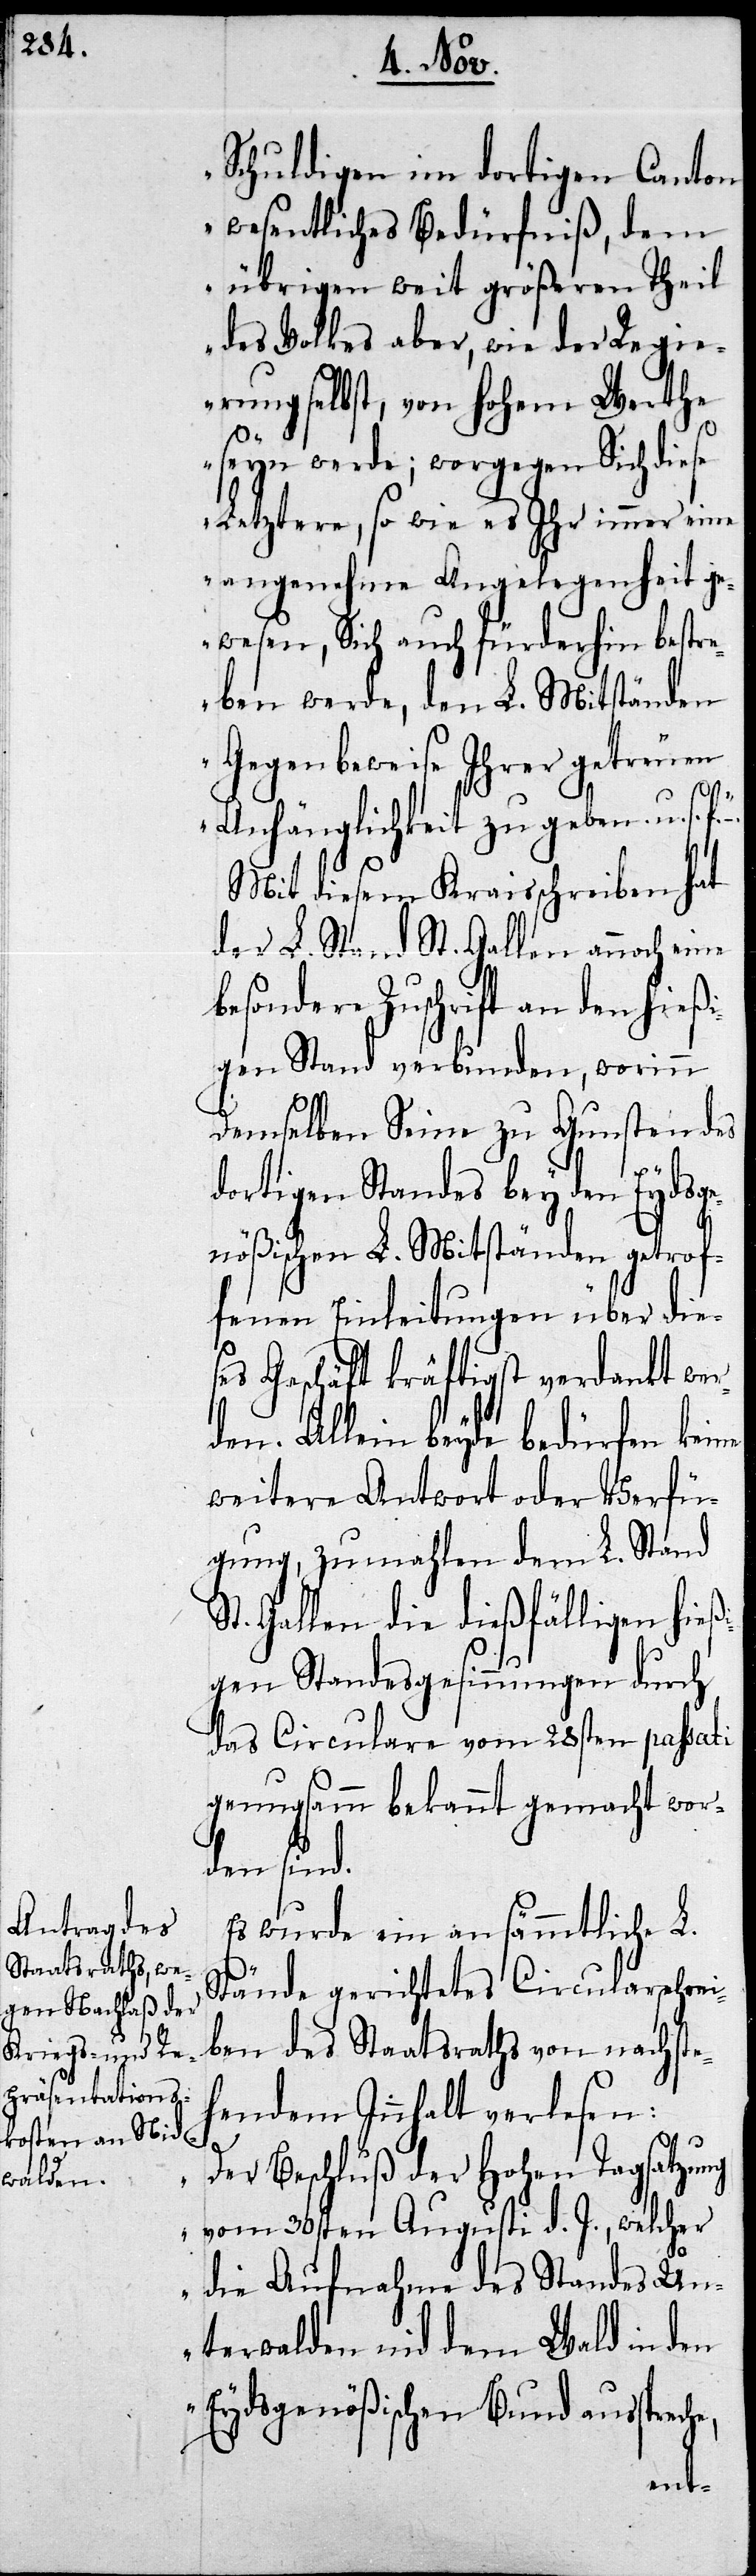
Schuldigen im dortigen Canton
wesentliches Bedürfniß, dem
übrigen weit größeren Theil
des Volkes aber, wie der Regie¬
rung selbst, von Hohem Werthe
seyn werde; worgegen Sich diese
Letztere, so wie es Ihr immer eine
angenehme Angelegenheit ge¬
wesen, Sich auch fürderhin bestr¬
eben werde, den L. Mitständen
Gegenbeweise Ihrer getreuen
Anhänglichkeit zu geben u.s.f.“
Mit diesem Kraisschreiben hat
der L. Stand St. Gallen annoch eine
besondere Zuschrift an den hieß¬
igen Stand verbunden, worinn
demselben Seine zu Gunsten des
dortigen Standes bey den Eydsge¬
nößischen L. Mitständen getrof¬
fenen Einleitungen über die¬
ses Geschäft kräftigst verdankt wer¬
den. Allein beyde bedürfen keine
weitere Antwort oder Verfü¬
gung, zumahlen dem L. Stand
St. Gallen die dießfälligen hieß¬
igen Standesgesinnungen durch
das Circulare vom 28sten passati
genugsamm bekannt gemacht wor¬
den sind.
Es wurde ein an sämmtliche L.
Stände gerichtetes Circularschrei¬
ben des Staatsraths von nachste¬
hendem Inhalt verlesen:
„Der Beschluß der Hohen Tagsatzung
he,
vom 30sten Augusti d. J., welcher
die Aufnahme des Standes Un¬
terwalden nid dem Wald in den
Eydsgenößischen Bund aussprec¬